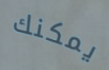
يمكنك